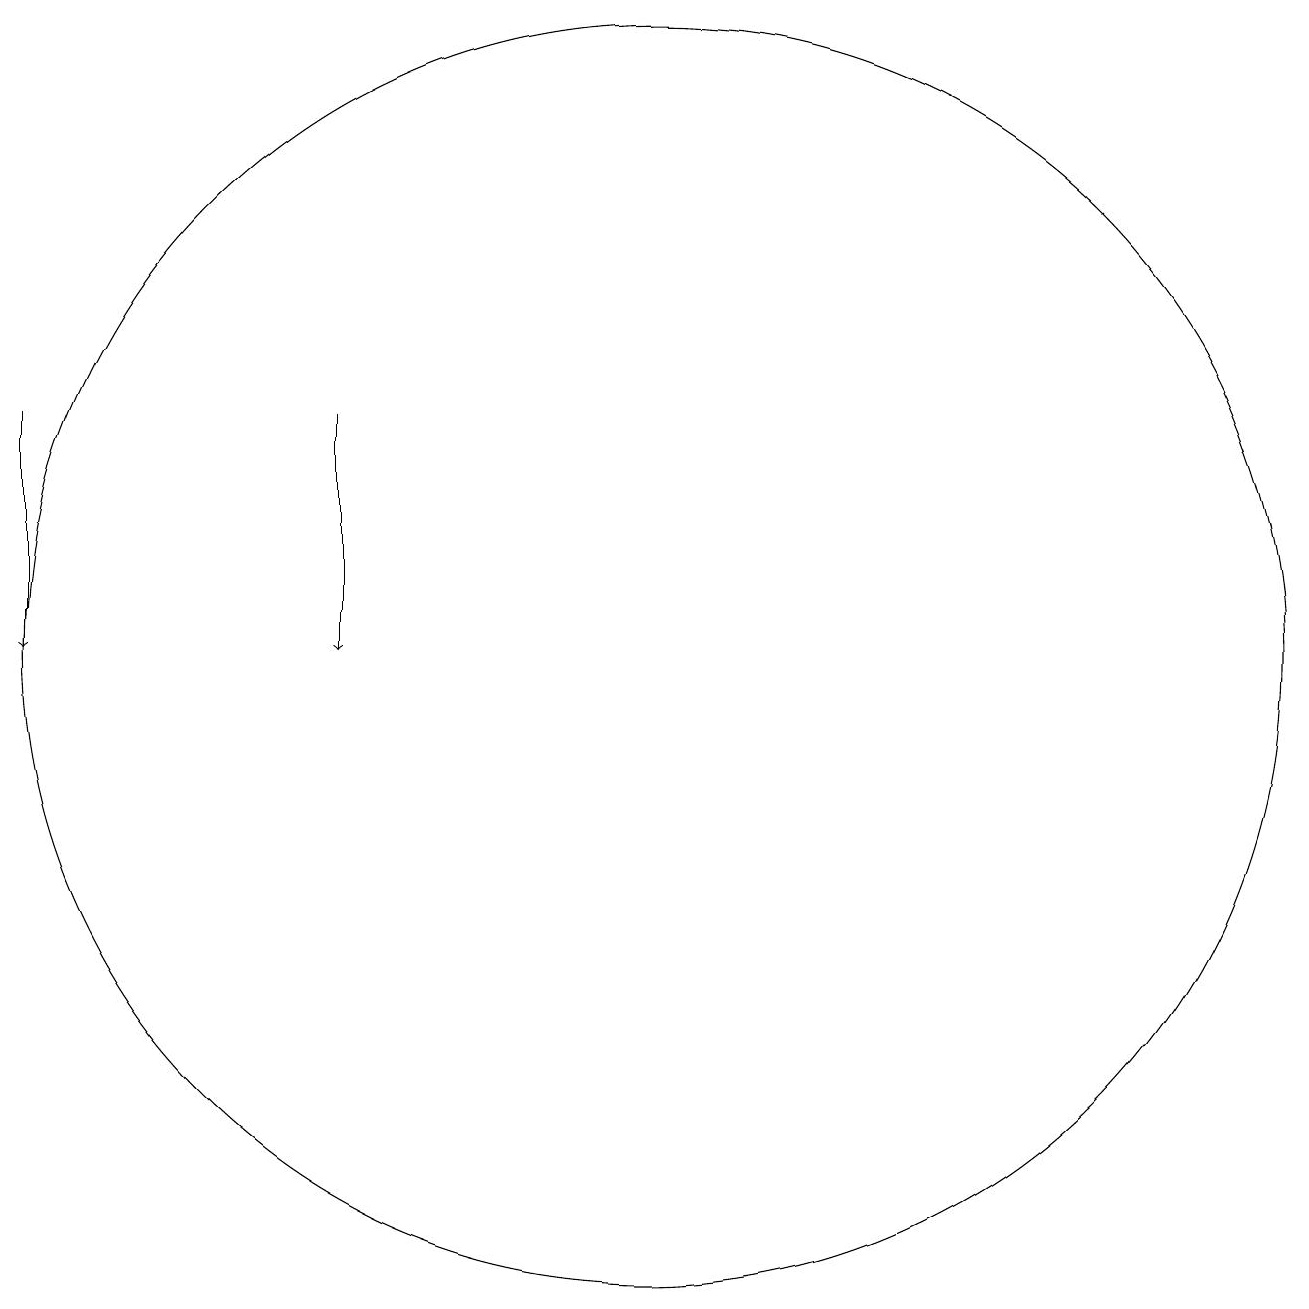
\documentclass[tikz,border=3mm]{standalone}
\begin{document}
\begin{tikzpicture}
\draw[->] (6,15) -- (6,12);
\draw (10,12) circle (8);
\draw[->] (2,15) -- (2,12);
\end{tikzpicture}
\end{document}